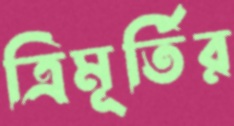
ত্রিমূর্তির